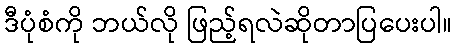
ဒီပုံစံကို ဘယ်လို ဖြည့်ရလဲဆိုတာပြပေးပါ။